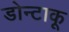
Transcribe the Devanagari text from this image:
डोन्टाकू